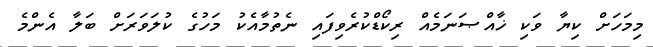
މިމަހަށް ކިޔާ ވަކި ޚާއްޞަނަމެއް ރިކޯޑްކުރެވިފައި ނެތުމާއެކު މަހުގެ ކުލަވަރަށް ބަލާ އެންމެ